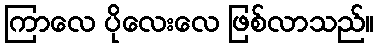
ကြာလေ ပိုလေးလေ ဖြစ်လာသည်။